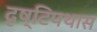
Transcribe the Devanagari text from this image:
दृष्टिपथास